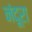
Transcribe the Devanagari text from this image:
नंदूरा